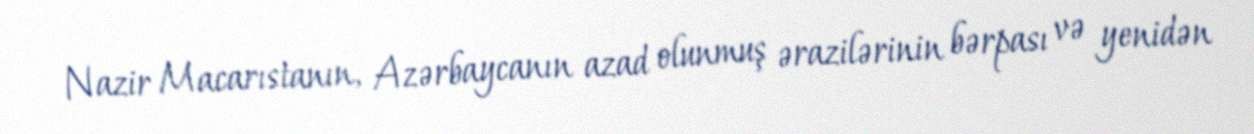
Nazir Macarıstanın, Azərbaycanın azad olunmuş ərazilərinin bərpası və yenidən